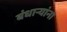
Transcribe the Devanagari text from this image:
बंधाऱ्यांना